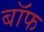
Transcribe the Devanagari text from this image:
बाॅफ